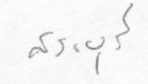
สระบุรี